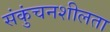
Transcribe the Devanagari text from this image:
संकुंचनशीलता